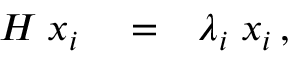
\begin{array} { r l r } { H \; x _ { i } } & { { } = } & { \lambda _ { i } \; x _ { i } \, , } \end{array}